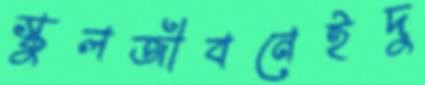
স্কুলজীবনেইদু